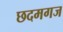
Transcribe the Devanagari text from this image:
छदमगज